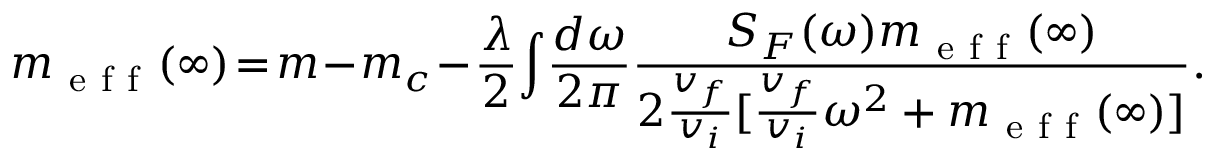
m _ { \mathrm { ~ e ~ f ~ f ~ } } ( \infty ) \! = \! m \! - \! m _ { c } \! - \! \frac { \lambda } { 2 } \! \int \! \frac { d \omega } { 2 \pi } \frac { S _ { F } ( \omega ) m _ { \mathrm { ~ e ~ f ~ f ~ } } ( \infty ) } { 2 \frac { v _ { f } } { v _ { i } } [ \frac { v _ { f } } { v _ { i } } \omega ^ { 2 } + m _ { \mathrm { ~ e ~ f ~ f ~ } } ( \infty ) ] } .